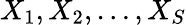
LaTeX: X_{1},X_{2},\ldots,X_{S}